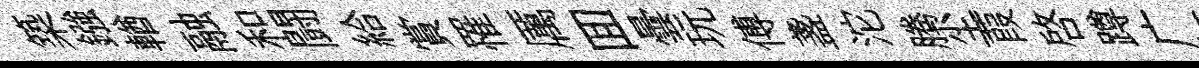
築鏹輶融和闘給賞罹厲囬曇玩傅盞沱腾尘葭啓蹲广飣